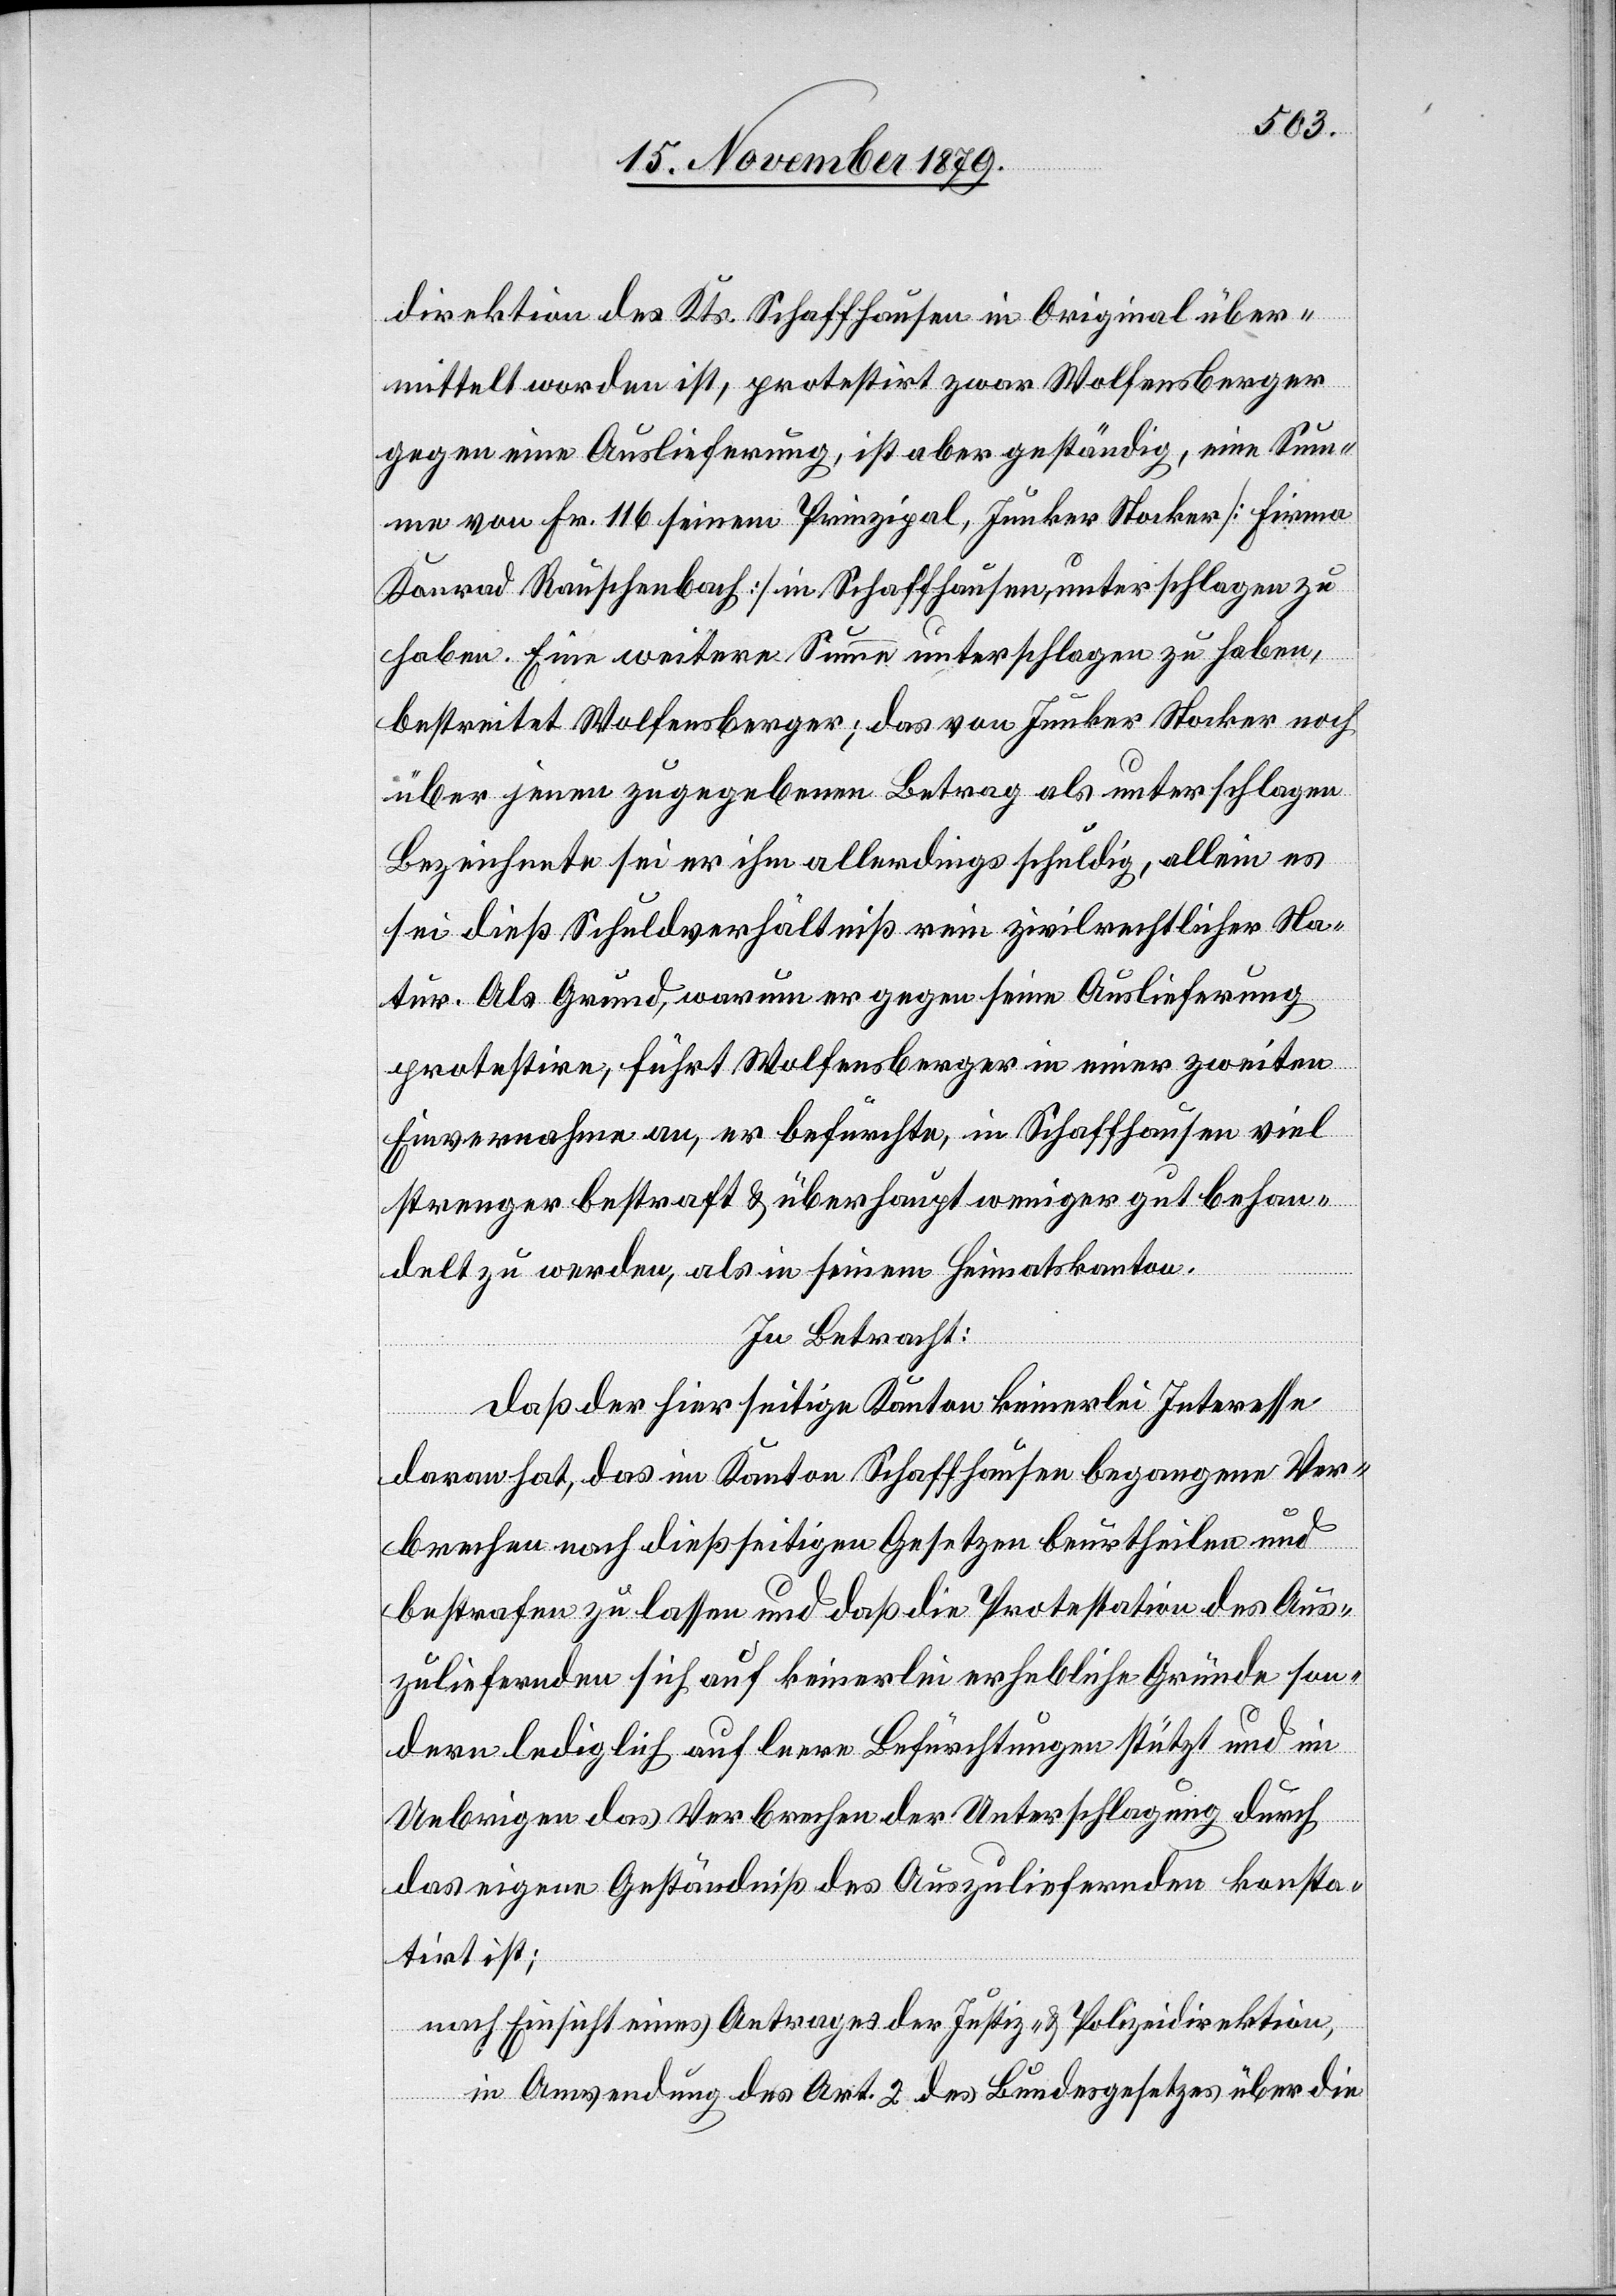
direktion des Kts. Schaffhausen in Original über¬
mittelt worden ist, protestirt zwar Wolfensberger
gegen eine Auslieferung, ist aber geständig, eine Sum¬
me von Fr. 116 seinem Prinzipal, Junker Stocker [Firma
Konrad Rauschenbach] in Schaffhausen, unterschlagen zu
haben. Eine weitere Summe unterschlagen zu haben,
bestreitet Wolfensberger; das von Junker Stocker noch
über jenen zugegebenen Betrag als unterschlagen
Bezeichnete sei er ihm allerdings schuldig, allein es
sei dieß Schuldnerverhältniß rein zivilrechtlicher Na¬
tur. Als Grund, warum er gegen seine Auslieferung
protestire, führt Wolfensberger in einer zweiten
Einvernahme an, er befürchte, in Schaffhausen viel
strenger bestraft & überhaupt weniger gut behan¬
delt zu werden, als in seinem Heimatskanton.
In Betracht:
daß der hierseitige Kanton keinerlei Interesse
daran hat, das im Kanton Schaffhausen begangene Ver¬
brechen nach dießseitigen Gesetzen beurtheilen und
bestrafen zu lassen und daß die Protestation des Aus¬
zuliefernden sich auf keinerlei erhebliche Gründe son¬
dern lediglich auf leere Befürchtungen stützt und im
Uebrigen das Verbrechen der Unterschlagung durch
das eigene Geständniß des Auszuliefernden konsta¬
tirt ist;
nach Einsicht eines Antrages der Justiz- & Polizeidirektion,
in Anwendung des Art. 2 des Bundesgesetzes über die